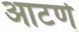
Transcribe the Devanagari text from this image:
आटणे